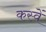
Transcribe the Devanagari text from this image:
कस्वें